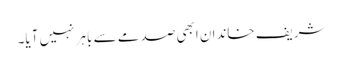
شریف خاندان ابھی صدمے سے باہر نہیں آیا۔